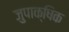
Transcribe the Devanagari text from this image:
जुपाक्षिक